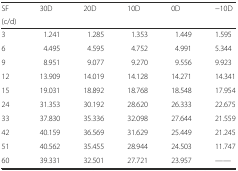
<table><thead><tr><td><b>SF</b></td><td rowspan="2"><b>30D</b></td><td rowspan="2"><b>20D</b></td><td rowspan="2"><b>10D</b></td><td rowspan="2"><b>0D</b></td><td rowspan="2"><b>−10D</b></td></tr><tr><td><b>(c/d)</b></td></tr></thead><tbody><tr><td>3</td><td>1.241</td><td>1.285</td><td>1.353</td><td>1.449</td><td>1.595</td></tr><tr><td>6</td><td>4.495</td><td>4.595</td><td>4.752</td><td>4.991</td><td>5.344</td></tr><tr><td>9</td><td>8.951</td><td>9.077</td><td>9.270</td><td>9.556</td><td>9.923</td></tr><tr><td>12</td><td>13.909</td><td>14.019</td><td>14.128</td><td>14.271</td><td>14.341</td></tr><tr><td>15</td><td>19.031</td><td>18.892</td><td>18.768</td><td>18.548</td><td>17.954</td></tr><tr><td>24</td><td>31.353</td><td>30.192</td><td>28.620</td><td>26.333</td><td>22.675</td></tr><tr><td>33</td><td>37.830</td><td>35.336</td><td>32.098</td><td>27.644</td><td>21.559</td></tr><tr><td>42</td><td>40.159</td><td>36.569</td><td>31.629</td><td>25.449</td><td>21.245</td></tr><tr><td>51</td><td>40.562</td><td>35.455</td><td>28.944</td><td>24.503</td><td>11.747</td></tr><tr><td>60</td><td>39.331</td><td>32.501</td><td>27.721</td><td>23.957</td><td>——</td></tr></tbody></table>